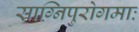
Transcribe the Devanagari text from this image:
साग्निपुरोगमाः